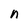
Character: n